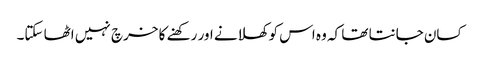
کسان جانتا تھا کہ وہ اس کو کھلانے اور رکھنے کا خرچ نہیں اٹھا سکتا۔